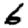
Digit: 6